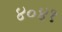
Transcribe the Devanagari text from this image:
४०४१